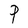
Character: P